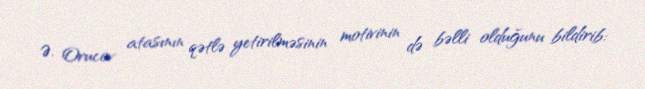
Ə. Orucov atasının qətlə yetirilməsinin motivinin də bəlli olduğunu bildirib: